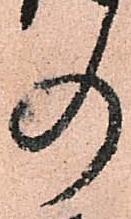
の